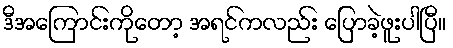
ဒီအကြောင်းကိုတော့ အရင်ကလည်း ပြောခဲ့ဖူးပါပြီ။